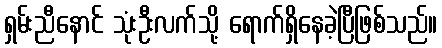
ရှမ်းညီနောင် သုံးဦးလက်သို့ ရောက်ရှိနေခဲ့ပြီဖြစ်သည်။